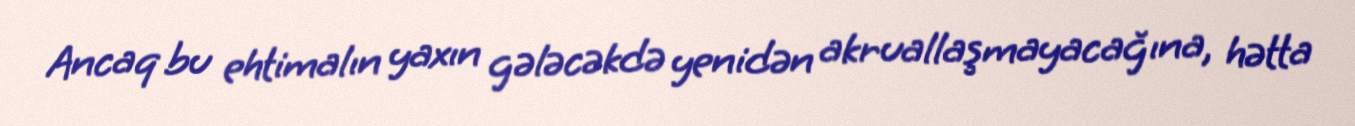
Ancaq bu ehtimalın yaxın gələcəkdə yenidən akruallaşmayacağına, hətta